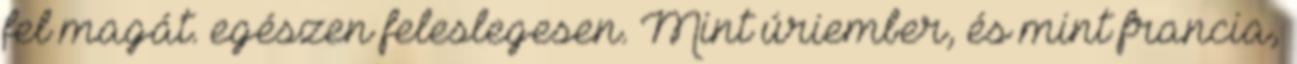
fel magát. egészen feleslegesen. Mint úriember, és mint francia,